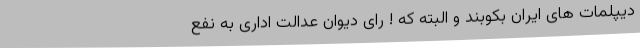
دیپلمات های ایران بکوبند و البته که ! رای دیوان عدالت اداری به نفع